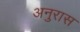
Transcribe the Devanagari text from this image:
अनुरास